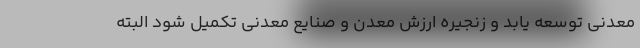
معدنی توسعه یابد و زنجیره ارزش معدن و صنایع معدنی تکمیل شود البته